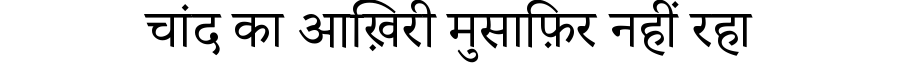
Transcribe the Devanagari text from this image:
चांद का आख़िरी मुसाफ़िर नहीं रहा